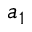
a _ { 1 }